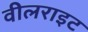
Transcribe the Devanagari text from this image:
वीलराइट